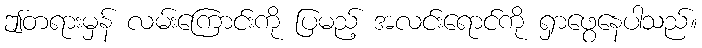
ဤတရားမှန် လမ်းကြောင်းကို ပြမည့် အလင်းရောင်ကို ရှာဖွေနေပါသည်။